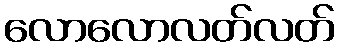
လောလောလတ်လတ်